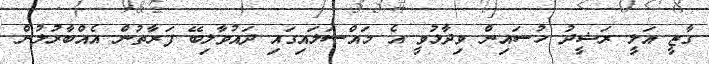
ގާޒީ އަލީ ރަޝީދު ހުސައިން ވިދާޅުވީ އެ މައްސަލައިގައި ދައުވާލިބޭ ފަރާތުން އެއްބާރުލުން